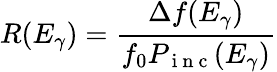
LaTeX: R(E_{\gamma})=\frac{\Delta f(E_{\gamma})}{f_{0}P_{\mathrm{~i~n~c~}}(E_{\gamma})}